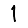
Digit: 1